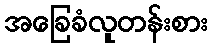
အခြေခံလူတန်းစား